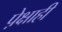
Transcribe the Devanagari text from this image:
पे़क्षाही